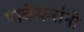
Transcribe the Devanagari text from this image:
पाळेकरांनी